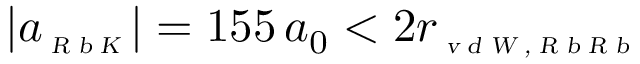
| a _ { \scriptscriptstyle \textsl { R b K } } | = 1 5 5 \, a _ { 0 } < 2 r _ { \scriptscriptstyle \textsl { v d W , R b R b } }